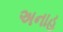
અનાહ